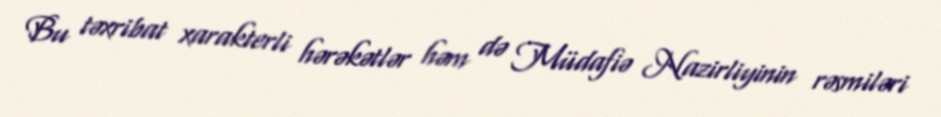
Bu təxribat xarakterli hərəkətlər həm də Müdafiə Nazirliyinin rəsmiləri